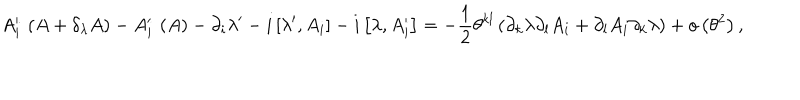
A _ { i } ^ { \prime } \, \left( A + \delta _ { \lambda } A \right) - A _ { i } ^ { \prime } \, \left( A \right) - \partial _ { i } \lambda ^ { \prime } - i \left[ \lambda ^ { \prime } , A _ { i } \right] - i \left[ \lambda , A _ { i } ^ { \prime } \right] = - \frac { 1 } { 2 } \theta ^ { k l } \left( \partial _ { k } \lambda \partial _ { l } A _ { i } + \partial _ { l } A _ { i } \partial _ { k } \lambda \right) + o \left( \theta ^ { 2 } \right) ,